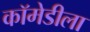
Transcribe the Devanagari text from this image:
कॉमेडीला